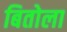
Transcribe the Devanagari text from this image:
बितोला